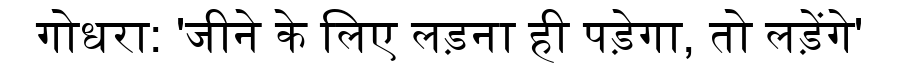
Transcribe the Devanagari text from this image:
गोधरा: 'जीने के लिए लड़ना ही पड़ेगा, तो लड़ेंगे'